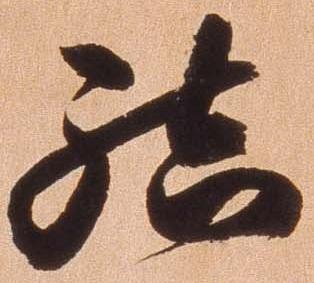
結